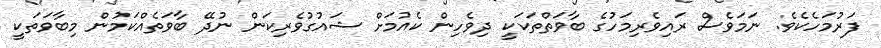
ފަރުމަހެކެވެ. ނަމަވެސް ރައިވެރިމަހުގެ ބާވަތްތަކަކީ ދިވެހިން ކެއުމަށް ޝައުގުވެރިކަން ނުދޭ ބާވަތެއްކަމުން މިބާވަތަކީ